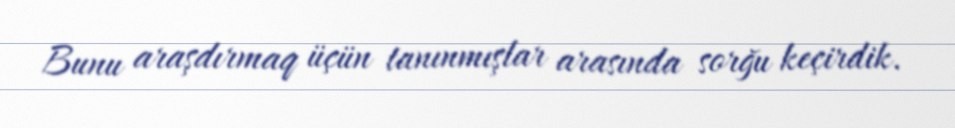
Bunu araşdırmaq üçün tanınmışlar arasında sorğu keçirdik.